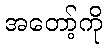
အတော့်ကို